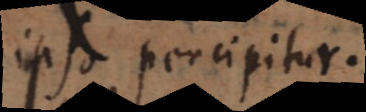
ipso percipitur.